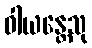
ဝါယန္တေသု